Vaccination in Bombay 1874-1876 - 1874-1876
Year: 1874
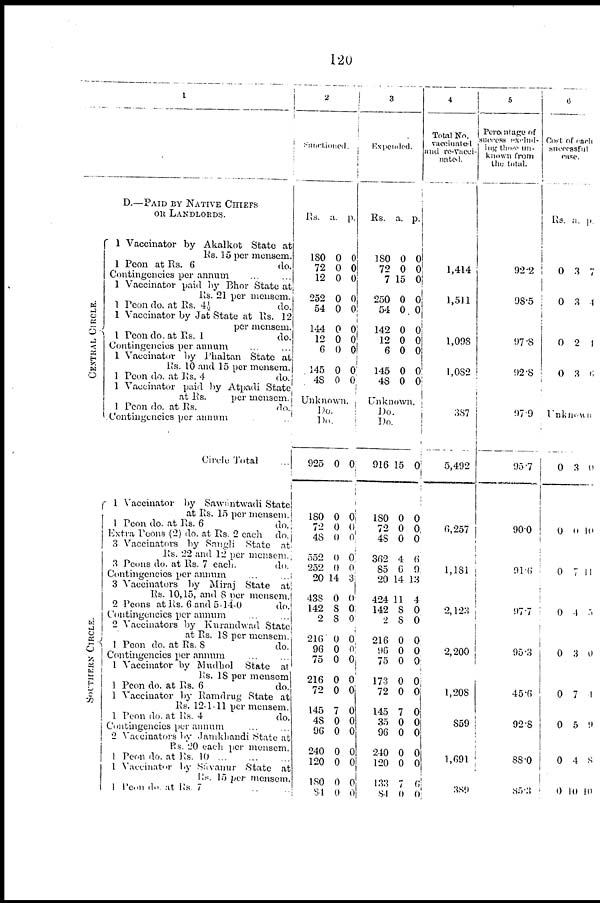
120
1
D.—PAID BY NATIVE CHIEFS
OR LANDLORDS.
CENTRAL CIRCLE.
SOUTHERN CIRCLE.
1 Vaccinator by Akalkot State at
Rs. 15 per mensem.
1 Peon at Rs. 6
do.
Contingencies per annum ... ...
1 Vaccinator paid by Bhor State at
Rs. 21 per mensem.
1 Peon do. at Rs. 4½
do.
1 Vaccinator by Jat State at Rs. 12
per mensem.
1 Peon do. at Rs. 1
do.
Contingencies per annum ... ...
1 Vaccinator by Phaltan State at
Rs. 10 and 15 per mensem.
1 Peon do. at Rs. 4
do.
1 Vaccinator paid by Atpadi State
at Rs.
per mensem.
1 Peon do. at Rs.
do.
Contingencies per annum
Circle Total ...
1 Vaccinator by Sawantwadi State
at Rs. 15 per mensem.
1 Peon do. at Rs. 6
do.
Extra Peons (2) do. at Rs. 2 each
do.
3 Vaccinators by Sangli
State
at
Rs. 22 and 12 per mensem.
3 Peons do. at Rs. 7 each.
do.
Contingencies per annum ... ...
3 Vaccinators by Miraj State
at
Rs. 10,15, and 8 per mensem.
2 Peons at Rs. 6 and 5-14-0
do.
Contingencies per annum ... ...
2 Vaccinators by Kurandwad State
at Rs. 18 per mensem.
1 Peon do. at Rs. 8
do.
Contingencies per annum
...
...
1 Vaccinator by Mudbol
state
at
Rs. 18 per mensem
1 Peon do. at Rs. 6
do.
1 Vaccinator by Ramdrug State at
Rs. 12-1-11 per mensem.
1 Peon do. at Rs. 4
do.
Contingencies per annum
2 Vaccinators by Jamkhandi State at
Rs. 20 each per mensem.
1 Peon do. at Rs. 10
...
...
...
1 Vaccinator by Sávanur State
at
Rs. 15 per mensem.
1 Peon do at Rs. 7 ... ...
2
Sanctioned.
Rs.
180
72
12
252
54
144
12
6
145
48
a.
0
0
0
0
0
0
0
0
0
0
p.
0
0
0
0
0
0
0
0
0
0
Unknown.
Do.
Do.
925
180
72
48
552
252
20
438
142
2
216
96
75
216
72
145
48
96
240
120
180
84
0
0
0
0
0
0
14
0
8
8
0
0
0
0
0
7
0
0
0
0
0
0
0
0
0
0
0
0
3
0
0
0
0
0
0
0
0
0
0
0
0
0
0
0
3
Expended.
Rs.
180
72
7
250
54
142
12
6
145
48
a.
0
0
15
0
0
0
0
0
0
0
p.
0
0
0
0
0
0
0
0
0
0
Unknown.
Do.
Do.
916
180
72
48
362
85
20
424
142
2
216
96
75
173
72
145
35
96
240
120
133
84
15
0
0
0
4
6
14
11
8
8
0
0
0
0
0
7
0
0
0
0 7
0
0
0
0
0
6
9
13
4
0
0
0
0
0
0
0
0
0
0
0
0
6
0
4
Total No.
vaccinated
and re-Vacci¬
nated.
1,414
1,511
1,098
1,082
387
5,492
6,257
1,181
2,123
2,200
1,208
859
1,691
389
5
Percentage of
success exclud¬
ing those un-
known from
the total.
92.2
98.5
97.8
92.8
97.9
95.7
90.0
91.6
97.7
95.3
45.6
92.8
88.0
85.3
6
Cost of each
successful
case.
Rs.
0
0
0
0
a.
3
3
2
3
p.
7
4
1
6
Unknown
0
0
0
0
0
0
0
0
0
3
0
7
4
3
7
5
4
10
0
10
11
5
0
1
9
8
10